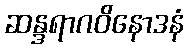
ဆန္ဒရာဂဝိနောဒနံ